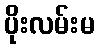
ပိုးလမ်းမ